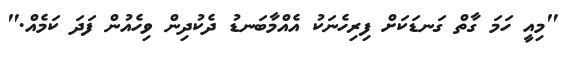
"މިއީ ހަމަ ގާތް ގަނޑަކަށް ފިރިހެނަކު އެއްމާބަނޑު ދެކުދިން ވިހެއުން ފަދަ ކަމެއް."